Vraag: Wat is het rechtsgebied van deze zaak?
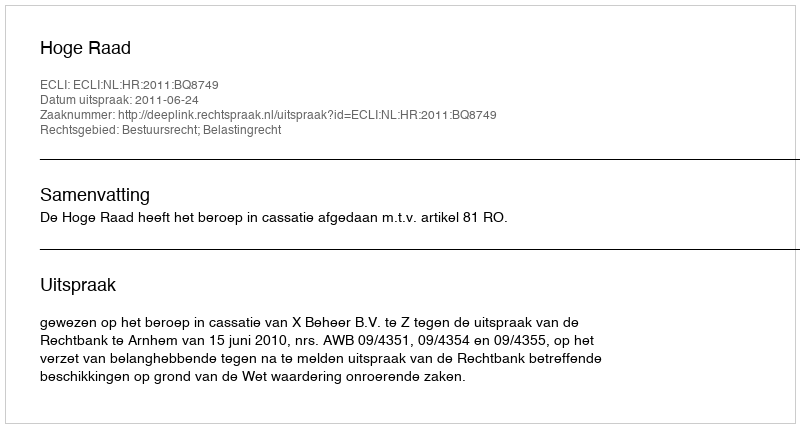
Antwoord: Bestuursrecht; Belastingrecht